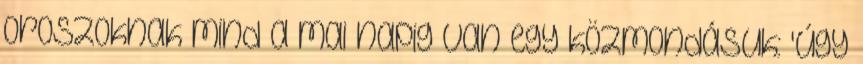
oroszoknak mind a mai napig van egy közmondásuk: 'Úgy